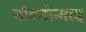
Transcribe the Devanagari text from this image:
यौवनोन्माद